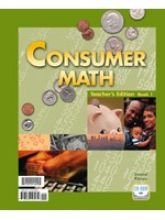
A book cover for Consumer Math, Teacher's Edition, 2nd Edition (2 Books); Larry Lemon; Science & Math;